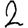
Digit: 2